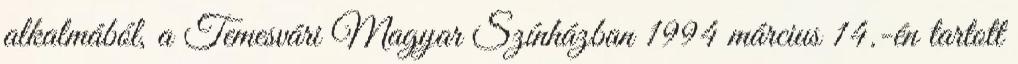
alkalmából, a Temesvári Magyar Színházban 1994 március 14.-én tartott